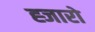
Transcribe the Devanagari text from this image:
ह्जारो